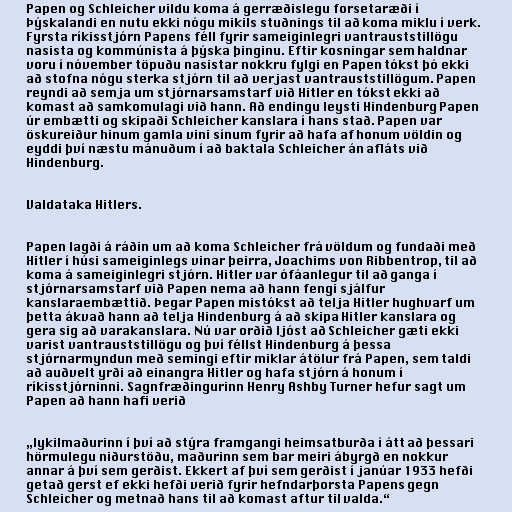
Papen og Schleicher vildu koma á gerræðislegu forsetaræði í
Þýskalandi en nutu ekki nógu mikils stuðnings til að koma miklu í verk.
Fyrsta ríkisstjórn Papens féll fyrir sameiginlegri vantrauststillögu
nasista og kommúnista á þýska þinginu. Eftir kosningar sem haldnar
voru í nóvember töpuðu nasistar nokkru fylgi en Papen tókst þó ekki
að stofna nógu sterka stjórn til að verjast vantrauststillögum. Papen
reyndi að semja um stjórnarsamstarf við Hitler en tókst ekki að
komast að samkomulagi við hann. Að endingu leysti Hindenburg Papen
úr embætti og skipaði Schleicher kanslara í hans stað. Papen var
öskureiður hinum gamla vini sínum fyrir að hafa af honum völdin og
eyddi því næstu mánuðum í að baktala Schleicher án afláts við
Hindenburg.

Valdataka Hitlers.

Papen lagði á ráðin um að koma Schleicher frá völdum og fundaði með
Hitler í húsi sameiginlegs vinar þeirra, Joachims von Ribbentrop, til að
koma á sameiginlegri stjórn. Hitler var ófáanlegur til að ganga í
stjórnarsamstarf við Papen nema að hann fengi sjálfur
kanslaraembættið. Þegar Papen mistókst að telja Hitler hughvarf um
þetta ákvað hann að telja Hindenburg á að skipa Hitler kanslara og
gera sig að varakanslara. Nú var orðið ljóst að Schleicher gæti ekki
varist vantrauststillögu og því féllst Hindenburg á þessa
stjórnarmyndun með semingi eftir miklar átölur frá Papen, sem taldi
að auðvelt yrði að einangra Hitler og hafa stjórn á honum í
ríkisstjórninni. Sagnfræðingurinn Henry Ashby Turner hefur sagt um
Papen að hann hafi verið

„lykilmaðurinn í því að stýra framgangi heimsatburða í átt að þessari
hörmulegu niðurstöðu, maðurinn sem bar meiri ábyrgð en nokkur
annar á því sem gerðist. Ekkert af því sem gerðist í janúar 1933 hefði
getað gerst ef ekki hefði verið fyrir hefndarþorsta Papens gegn
Schleicher og metnað hans til að komast aftur til valda.“